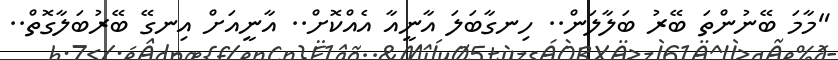
"މާމަ ބޭނުންތަ ބޭރު ބަލާލަން.. ހިނގާބަލަ އާނީއާ އެއްކޮށް.. އާނީއަށް އިނގޭ ބޭރުބަލާގޮތް..